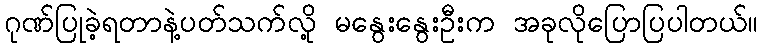
ဂုဏ်ပြုခဲ့ရတာနဲ့ပတ်သက်လို့ မနွေးနွေးဦးက အခုလိုပြောပြပါတယ်။